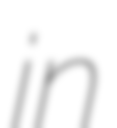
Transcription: in